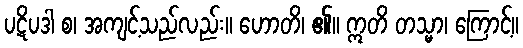
ပဋိပဒါ စ၊ အကျင့်သည်လည်း။ ဟောတိ၊ ၏။ ဣတိ တသ္မာ၊ ကြောင့်။